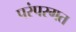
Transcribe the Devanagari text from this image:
परंपरगत